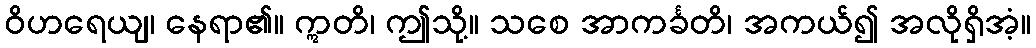
ဝိဟရေယျ၊ နေရာ၏။ ဣတိ၊ ဤသို့။ သစေ အာကင်္ခတိ၊ အကယ်၍ အလိုရှိအံ့။